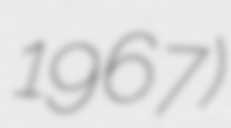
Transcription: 1967)